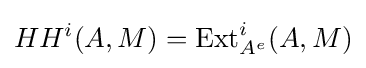
HH^{i}(A,M)=\operatorname {Ext} _{A^{e}}^{i}(A,M)